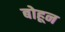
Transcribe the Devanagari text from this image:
बोहून